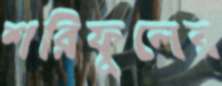
শরিফুলের